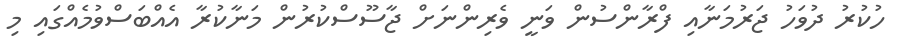
ހުކުރު ދުވަހު ޖަރުމަނާއި ފްރާންސުން ވަނީ ވެރިންނަށް ޖާސޫސްކުރުން މަނާކުރާ އެއްބަސްވުމެއްގައި މި